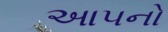
આ૫નો